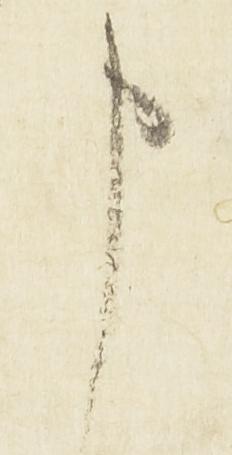
申